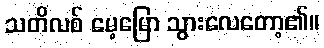
သတိလစ် မေ့မြော သွားလေတော့၏။